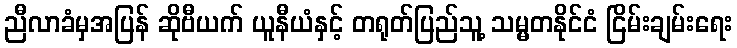
ညီလာခံမှအပြန် ဆိုဗီယက် ယူနီယံနှင့် တရုတ်ပြည်သူ့ သမ္မတနိုင်ငံ ငြိမ်းချမ်းရေး